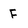
Character: F